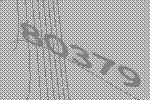
80379